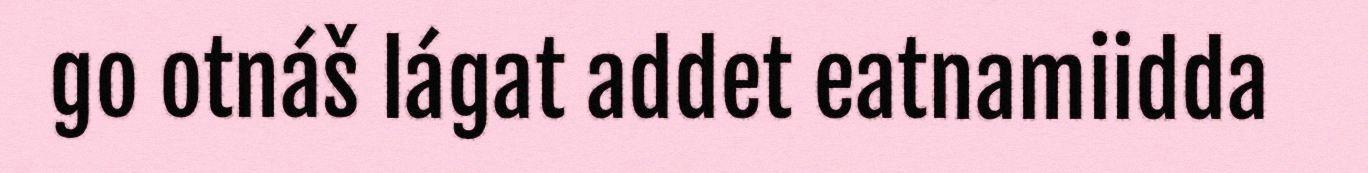
go otnáš lágat addet eatnamiidda